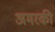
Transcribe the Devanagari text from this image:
अमरकी